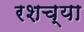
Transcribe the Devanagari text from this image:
रशच्या